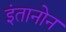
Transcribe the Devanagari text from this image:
इंतानोन